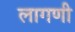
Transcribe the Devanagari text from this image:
लागणी